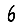
Digit: 6